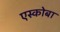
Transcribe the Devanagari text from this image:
एस्कोबा